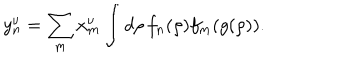
LaTeX: y _ { n } ^ { \nu } = \sum _ { m } x _ { m } ^ { \nu } \int d \rho \, f _ { n } ( \rho ) f _ { m } ( g ( \rho ) ) .